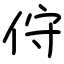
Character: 㑏